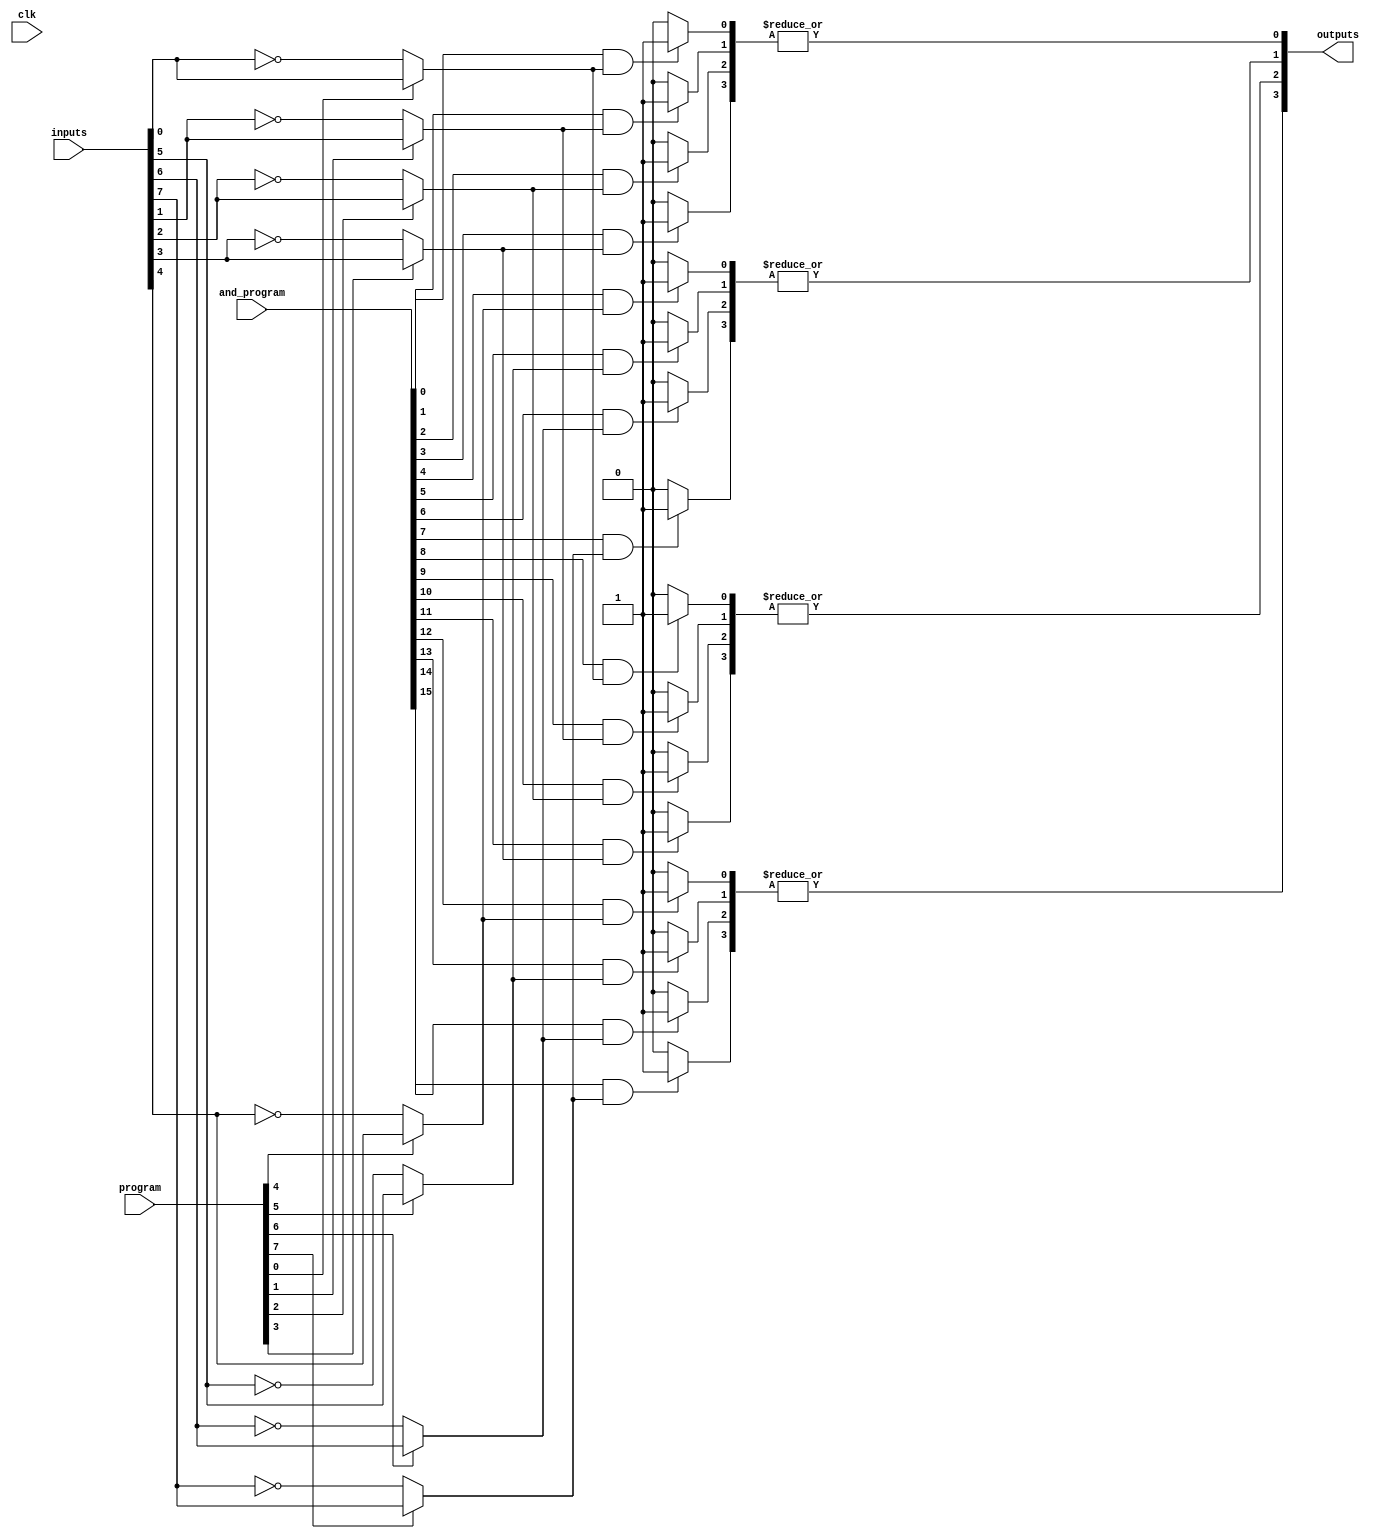
module GPAL #(
    parameter NUM_INPUTS = 8,    // Number of inputs
    parameter NUM_AND_GATES = 16, // Number of AND gates
    parameter NUM_OR_GATES = 4    // Number of OR gates
)(
    input wire [NUM_INPUTS-1:0] inputs, // Input signals
    input wire [NUM_INPUTS-1:0] program, // Programming signals (1: use input, 0: use inverted input)
    input wire [NUM_AND_GATES-1:0] and_program, // Programming for AND gate connections
    input wire clk, // Clock signal for synchronization
    output wire [NUM_OR_GATES-1:0] outputs // Output signals
);

// Internal signals
wire [NUM_AND_GATES-1:0] and_outputs; // Outputs from AND gates
wire [NUM_OR_GATES-1:0] or_outputs;   // Outputs from OR gates

// Input Stage with Inversion
wire [NUM_INPUTS-1:0] processed_inputs;
genvar i;
generate
    for (i = 0; i < NUM_INPUTS; i = i + 1) begin : input_stage
        assign processed_inputs[i] = program[i] ? inputs[i] : ~inputs[i];
    end
endgenerate

// AND Plane
generate
    for (i = 0; i < NUM_AND_GATES; i = i + 1) begin : and_plane
        // Example: Each AND gate can be programmed to use any combination of inputs
        assign and_outputs[i] = (and_program[i] && processed_inputs[i % NUM_INPUTS]) ? 1'b1 : 1'b0;
    end
endgenerate

// OR Plane
generate
    for (i = 0; i < NUM_OR_GATES; i = i + 1) begin : or_plane
        // Example: Each OR gate sums the outputs from the AND gates
        assign or_outputs[i] = |(and_outputs[i * (NUM_AND_GATES / NUM_OR_GATES) +: (NUM_AND_GATES / NUM_OR_GATES)]);
    end
endgenerate

// Output Stage
assign outputs = or_outputs;

endmodule